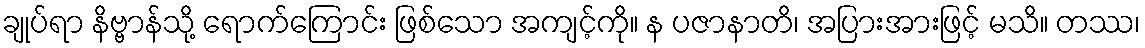
ချုပ်ရာ နိဗ္ဗာန်သို့ ရောက်ကြောင်း ဖြစ်သော အကျင့်ကို။ န ပဇာနာတိ၊ အပြားအားဖြင့် မသိ။ တဿ၊